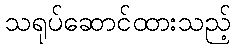
သရုပ်ဆောင်ထားသည့်